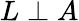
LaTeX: L\perp A